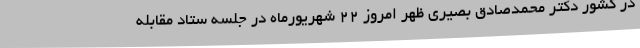
در کشور دکتر محمدصادق بصیری ظهر امروز 22 شهریورماه در جلسه ستاد مقابله